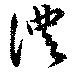
澧